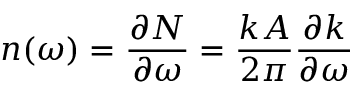
n ( \omega ) = \frac { \partial N } { \partial \omega } = \frac { k A } { 2 \pi } \frac { \partial k } { \partial \omega }